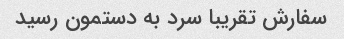
سفارش تقریبا سرد به دستمون رسید